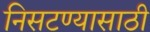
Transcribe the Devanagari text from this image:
निसटण्यासाठी